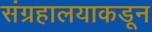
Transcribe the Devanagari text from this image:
संग्रहालयाकडून